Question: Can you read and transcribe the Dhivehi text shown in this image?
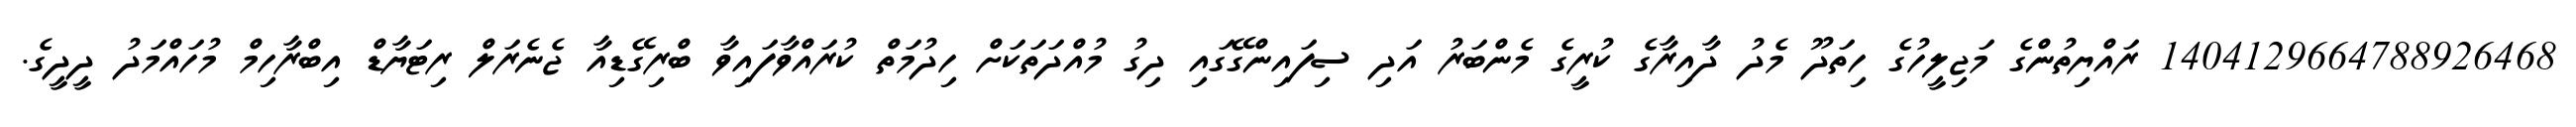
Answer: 1404129664788926468 ރައްޔިތުންގެ މަޖިލީހުގެ ހިތަދޫ މެދު ދާއިރާގެ ކުރީގެ މެންބަރު އަދި ސިފައިންގޭގައި ދިގު މުއްދަތަކަށް ހިދުމަތް ކުރައްވާފައިވާ ބްރިގޭޑިއާ ޖެނެރަލް ރިޓަޔާޑް އިބްރާހިމް މުހައްމަދު ދީދީގެ.